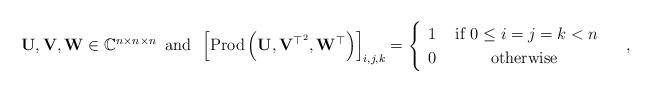
LaTeX: \begin{align*}\mathbf{U},\mathbf{V},\mathbf{W}\in\mathbb{C}^{n\times n\times n}\,\mbox{ and }\,\left[\mbox{Prod}\left(\mathbf{U},\mathbf{V}^{\top^{2}},\mathbf{W}^{\top}\right)\right]_{i,j,k}=\begin{cases}\begin{array}{cc}1 & \mbox{ if }0\le i=j=k<n\\0 & \mbox{otherwise}\end{array}\end{cases},\end{align*}